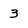
Character: 3